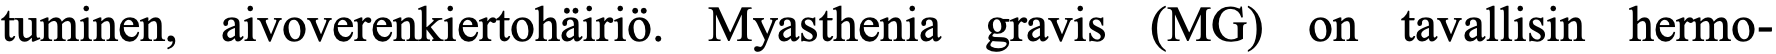
tuminen, aivoverenkiertohäiriö. Myasthenia gravis (MG) on tavallisin hermo-